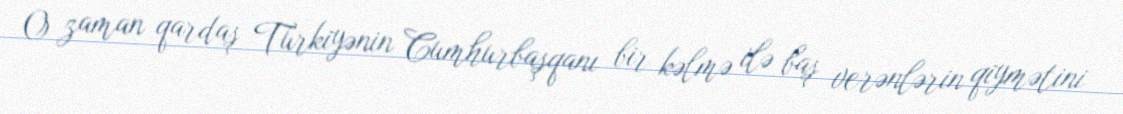
O zaman qardaş Türkiyənin Cumhurbaşqanı bir kəlmə ilə baş verənlərin qiymətini